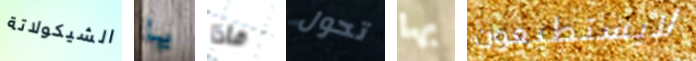
الشيكولاتة يا ماذا تحول بها لايستطيعون